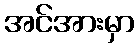
အင်အားမှာ